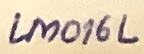
Text: LM016L